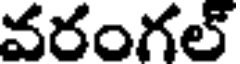
వరంగల్